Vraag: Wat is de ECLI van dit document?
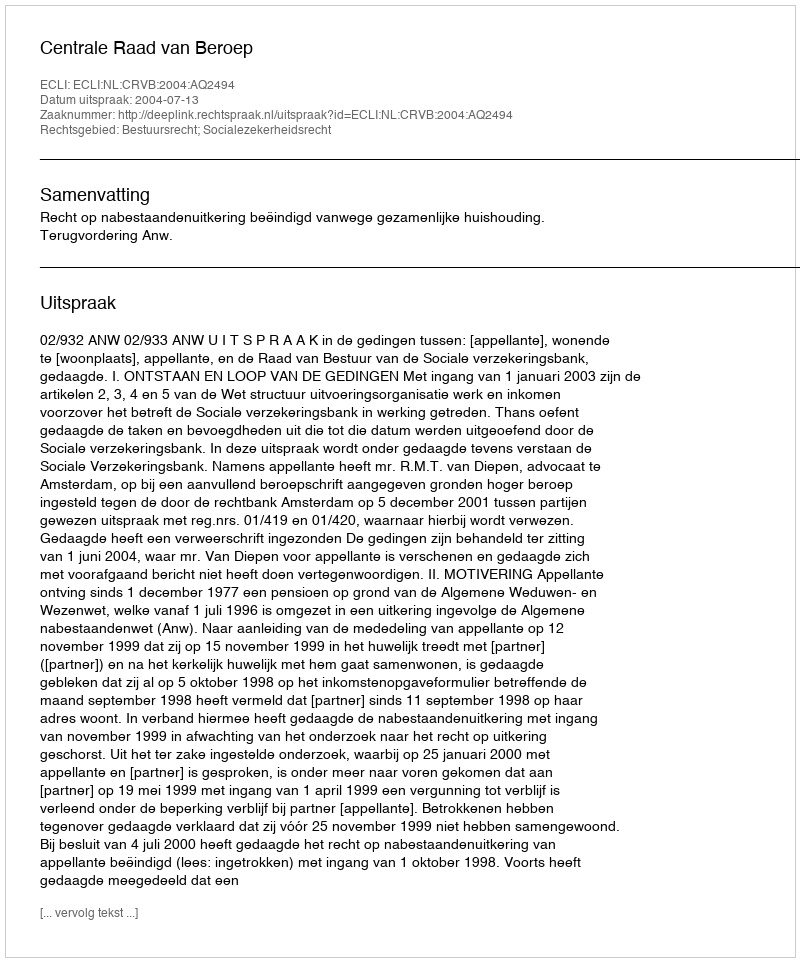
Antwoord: ECLI:NL:CRVB:2004:AQ2494